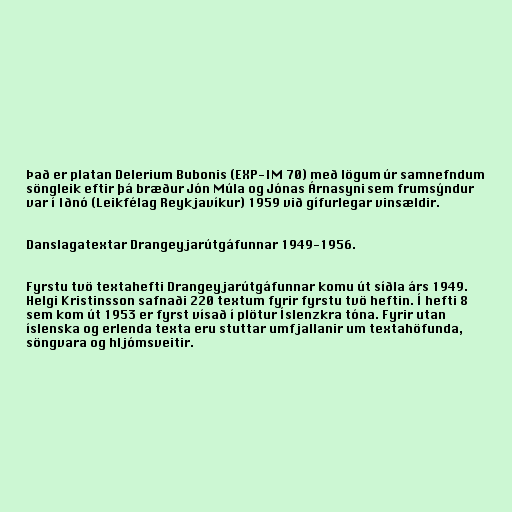
Það er platan Delerium Bubonis (EXP-IM 70) með lögum úr samnefndum
söngleik eftir þá bræður Jón Múla og Jónas Árnasyni sem frumsýndur
var í Iðnó (Leikfélag Reykjavíkur) 1959 við gífurlegar vinsældir.

Danslagatextar Drangeyjarútgáfunnar 1949-1956.

Fyrstu tvö textahefti Drangeyjarútgáfunnar komu út síðla árs 1949.
Helgi Kristinsson safnaði 220 textum fyrir fyrstu tvö heftin. Í hefti 8
sem kom út 1953 er fyrst vísað í plötur Íslenzkra tóna. Fyrir utan
íslenska og erlenda texta eru stuttar umfjallanir um textahöfunda,
söngvara og hljómsveitir.